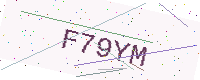
Text: F79YM